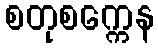
စတုစက္ကေန